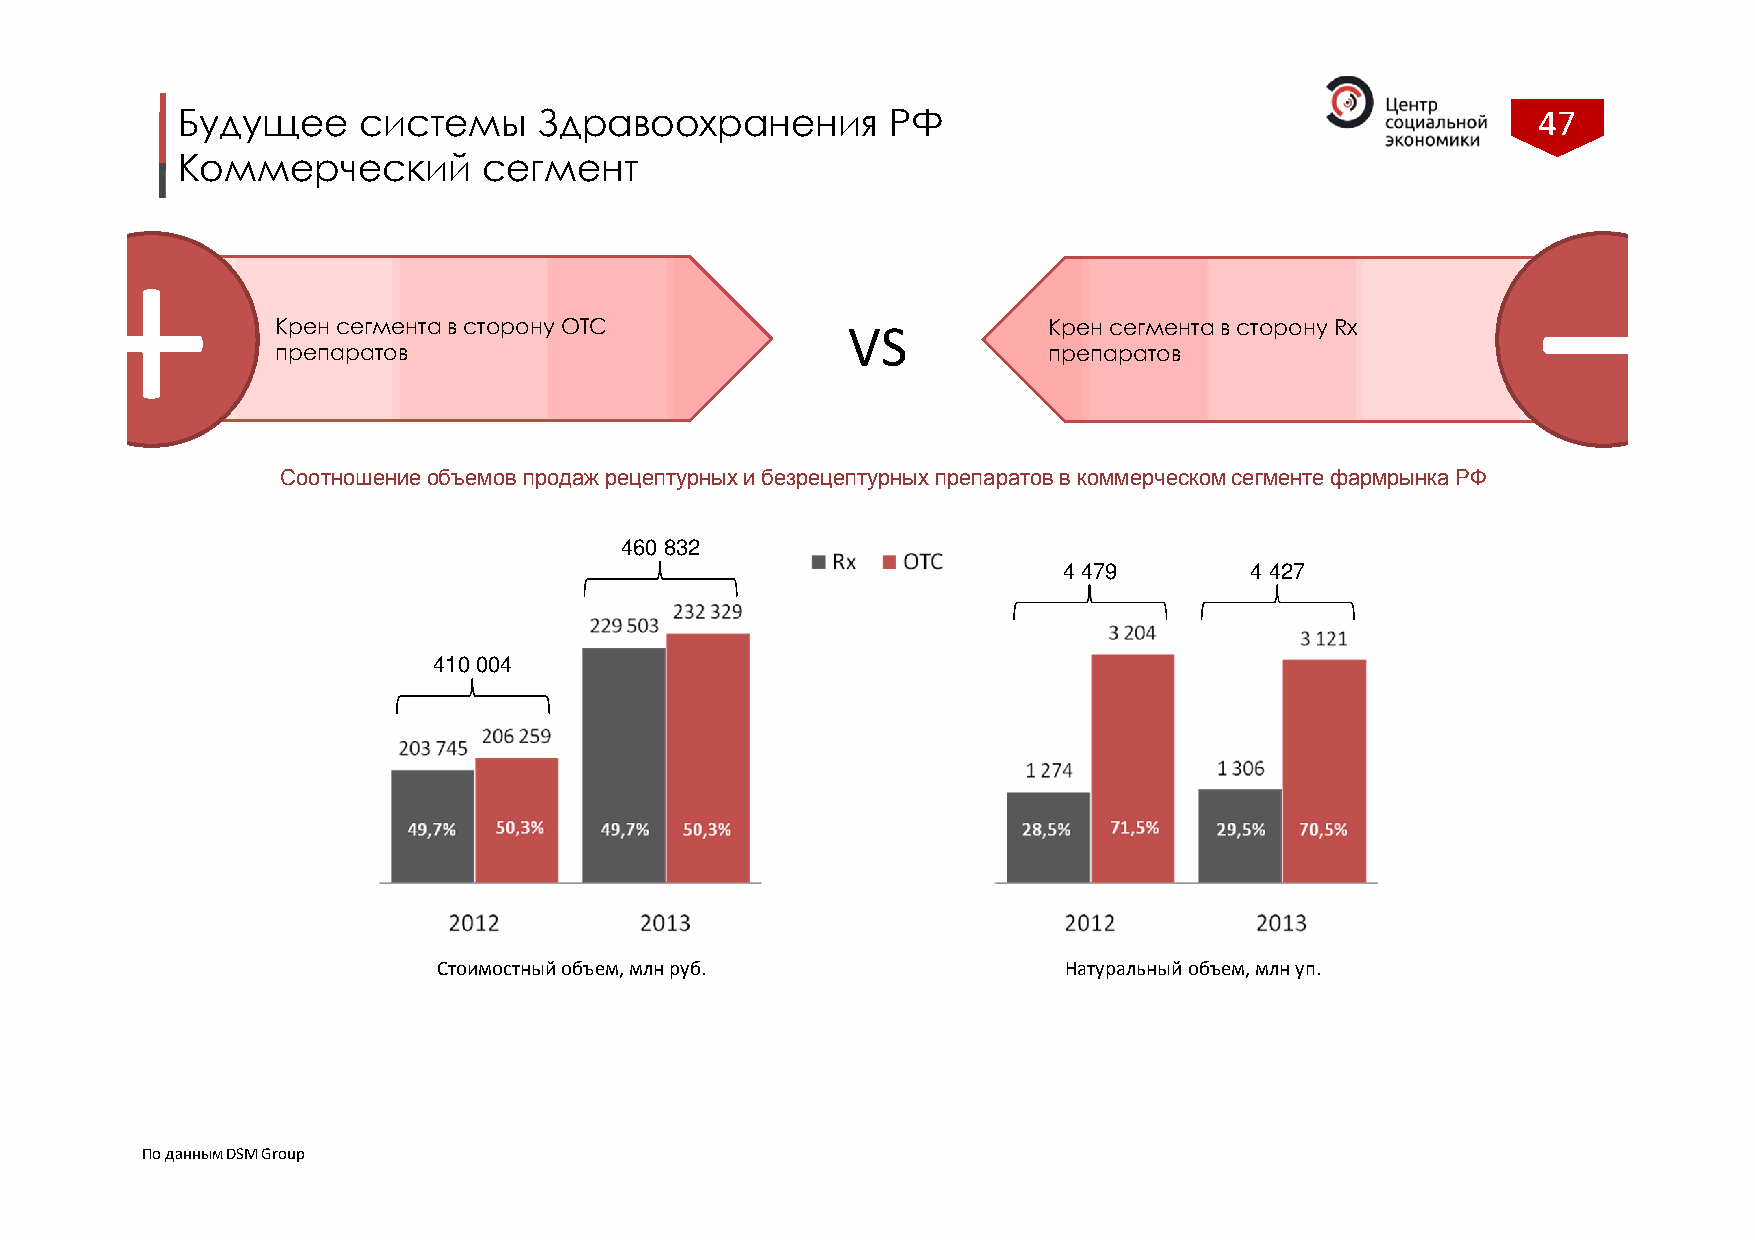
Будущее     системы     Здравоохранения        РФ                                         47
 Коммерческий        сегмент
 +                                                                                               –
 Крен сегмента в сторону OTC           VS           Крен сегмента в сторону Rx
 препаратов                                         препаратов
 Соотношение объемов продаж рецептурных и безрецептурных препаратов в коммерческом сегменте фармрынкаРФ
 460 832
 4 479        4 427
 410 004
 Стоимостный объем, млн руб.              Натуральный объем, млн уп.
 По данным DSM Group